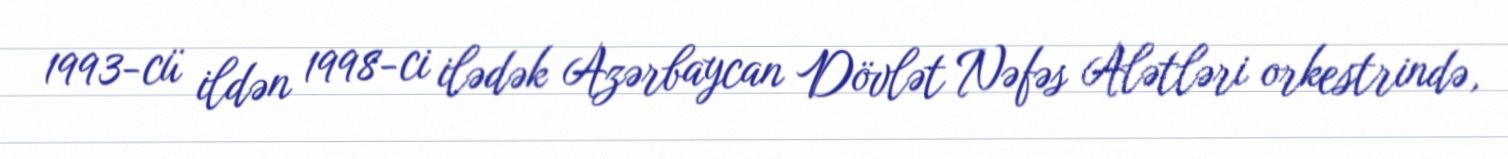
1993-cü ildən 1998-ci ilədək Azərbaycan Dövlət Nəfəs Alətləri orkestrində,